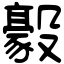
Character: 𣫛